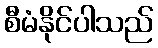
စီမံနိုင်ပါသည်